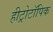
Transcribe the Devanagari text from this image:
हीट्रोटॉपिक